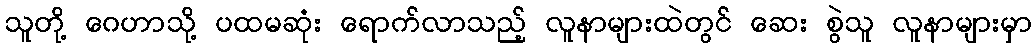
သူတို့ ဂေဟာသို့ ပထမဆုံး ရောက်လာသည့် လူနာများထဲတွင် ဆေး စွဲသူ လူနာများမှာ